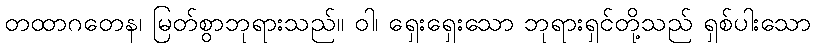
တထာဂတေန၊ မြတ်စွာဘုရားသည်။ ဝါ၊ ရှေးရှေးသော ဘုရားရှင်တို့သည် ရှစ်ပါးသော